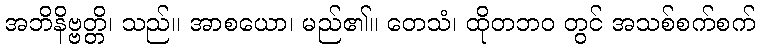
အဘိနိဗ္ဗတ္တိ၊ သည်။ အာစယော၊ မည်၏။ တေသံ၊ ထိုတဘဝ တွင် အသစ်စက်စက်